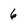
Character: 6